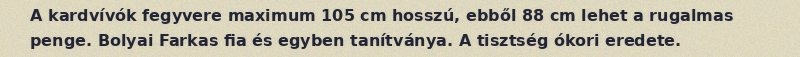
A kardvívók fegyvere maximum 105 cm hosszú, ebből 88 cm lehet a rugalmas penge. Bolyai Farkas fia és egyben tanítványa. A tisztség ókori eredete.